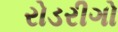
રોડરીગો